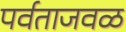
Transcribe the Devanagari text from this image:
पर्वताजवळ